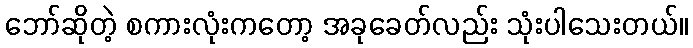
ဘော်ဆိုတဲ့ စကားလုံးကတော့ အခုခေတ်လည်း သုံးပါသေးတယ်။